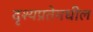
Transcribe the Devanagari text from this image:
दृश्यप्रतेमधील